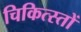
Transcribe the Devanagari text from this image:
चिकित्स्तों